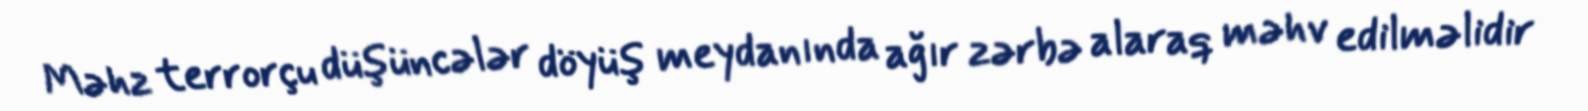
Məhz terrorçu düşüncələr döyüş meydanında ağır zərbə alaraq məhv edilməlidir